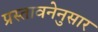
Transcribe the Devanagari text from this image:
प्रस्तावनेनुसार